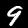
Digit: 9